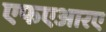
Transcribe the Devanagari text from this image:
एफएआरए